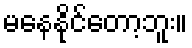
မနေနိုင်တော့ဘူး။